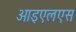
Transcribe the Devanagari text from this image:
आइएलएस